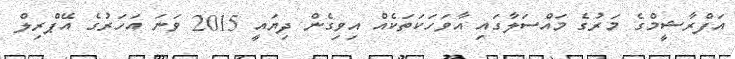
އަފްރާޝީމްގެ މަރުގެ މައްސަލާގައި އާވަހަކަތަކެއް އިވިގެން ދިޔައީ 2015 ވަނަ އަހަރުގެ އޭޕްރިލް